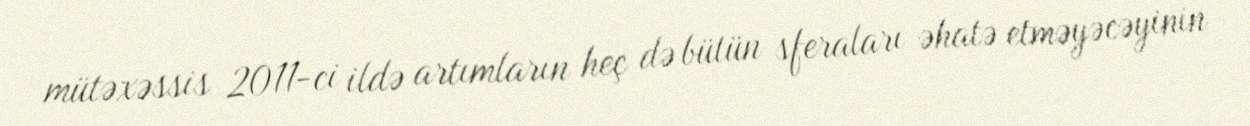
mütəxəssis 2011-ci ildə artımların heç də bütün sferaları əhatə etməyəcəyinin